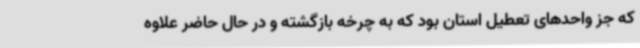
که جز واحدهای تعطیل استان بود که به چرخه بازگشته و در حال حاضر علاوه